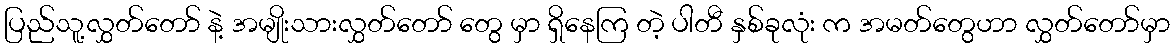
ပြည်သူ့လွှတ်တော် နဲ့ အမျိုးသားလွှတ်တော် တွေ မှာ ရှိနေကြ တဲ့ ပါတီ နှစ်ခုလုံး က အမတ်တွေဟာ လွှတ်တော်မှာ